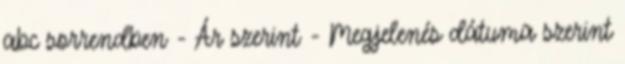
abc sorrendben - Ár szerint - Megjelenés dátuma szerint